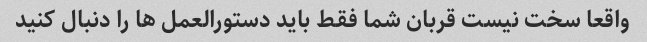
واقعا سخت نیست قربان شما فقط باید دستورالعمل ها را دنبال کنید